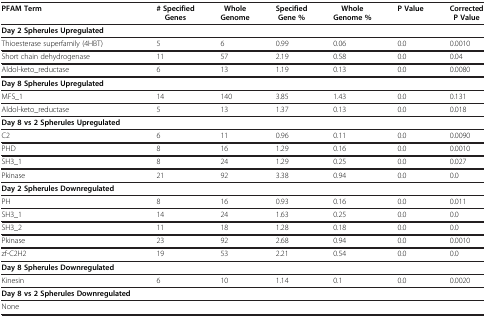
<table><thead><tr><td><b>PFAM Term</b></td><td><b># Specified Genes</b></td><td><b>Whole Genome</b></td><td><b>Specified Gene %</b></td><td><b>Whole Genome %</b></td><td><b>P Value</b></td><td><b>Corrected P Value</b></td></tr></thead><tbody><tr><td><b>Day 2 Spherules Upregulated</b></td><td> </td><td> </td><td> </td><td> </td><td> </td><td> </td></tr><tr><td>Thioesterase superfamily (4HBT)</td><td>5</td><td>6</td><td>0.99</td><td>0.06</td><td>0.0</td><td>0.0010</td></tr><tr><td>Short chain dehydrogenase</td><td>11</td><td>57</td><td>2.19</td><td>0.58</td><td>0.0</td><td>0.04</td></tr><tr><td>Aldol-keto_reductase</td><td>6</td><td>13</td><td>1.19</td><td>0.13</td><td>0.0</td><td>0.0080</td></tr><tr><td><b>Day 8 Spherules Upregulated</b></td><td> </td><td> </td><td> </td><td> </td><td> </td><td> </td></tr><tr><td>MFS_1</td><td>14</td><td>140</td><td>3.85</td><td>1.43</td><td>0.0</td><td>0.131</td></tr><tr><td>Aldol-keto_reductase</td><td>5</td><td>13</td><td>1.37</td><td>0.13</td><td>0.0</td><td>0.018</td></tr><tr><td><b>Day 8 vs 2 Spherules Upregulated</b></td><td> </td><td> </td><td> </td><td> </td><td> </td><td> </td></tr><tr><td>C2</td><td>6</td><td>11</td><td>0.96</td><td>0.11</td><td>0.0</td><td>0.0090</td></tr><tr><td>PHD</td><td>8</td><td>16</td><td>1.29</td><td>0.16</td><td>0.0</td><td>0.0010</td></tr><tr><td>SH3_1</td><td>8</td><td>24</td><td>1.29</td><td>0.25</td><td>0.0</td><td>0.027</td></tr><tr><td>Pkinase</td><td>21</td><td>92</td><td>3.38</td><td>0.94</td><td>0.0</td><td>0.0</td></tr><tr><td><b>Day 2 Spherules Downregulated</b></td><td> </td><td> </td><td> </td><td> </td><td> </td><td> </td></tr><tr><td>PH</td><td>8</td><td>16</td><td>0.93</td><td>0.16</td><td>0.0</td><td>0.011</td></tr><tr><td>SH3_1</td><td>14</td><td>24</td><td>1.63</td><td>0.25</td><td>0.0</td><td>0.0</td></tr><tr><td>SH3_2</td><td>11</td><td>18</td><td>1.28</td><td>0.18</td><td>0.0</td><td>0.0</td></tr><tr><td>Pkinase</td><td>23</td><td>92</td><td>2.68</td><td>0.94</td><td>0.0</td><td>0.0010</td></tr><tr><td>zf-C2H2</td><td>19</td><td>53</td><td>2.21</td><td>0.54</td><td>0.0</td><td>0.0</td></tr><tr><td><b>Day 8 Spherules Downregulated</b></td><td> </td><td> </td><td> </td><td> </td><td> </td><td> </td></tr><tr><td>Kinesin</td><td>6</td><td>10</td><td>1.14</td><td>0.1</td><td>0.0</td><td>0.0020</td></tr><tr><td><b>Day 8 vs 2 Spherules Downregulated</b></td><td> </td><td> </td><td> </td><td> </td><td> </td><td> </td></tr><tr><td>None</td><td> </td><td> </td><td> </td><td> </td><td> </td><td> </td></tr></tbody></table>